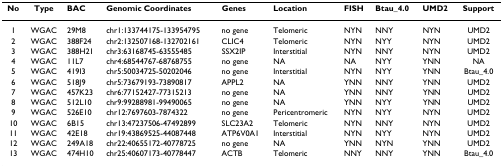
<table><thead><tr><td><b>No</b></td><td><b>Type</b></td><td><b>BAC</b></td><td><b>Genomic Coordinates</b></td><td><b>Genes</b></td><td><b>Location</b></td><td><b>FISH</b></td><td><b>Btau_4.0</b></td><td><b>UMD2</b></td><td><b>Support</b></td></tr></thead><tbody><tr><td>1</td><td>WGAC</td><td>29M8</td><td>chr1:133744175-133954795</td><td>no gene</td><td>Telomeric</td><td>NYN</td><td>NNY</td><td>NYN</td><td>UMD2</td></tr><tr><td>2</td><td>WGAC</td><td>388F24</td><td>chr2:132507168-132702161</td><td>CLIC4</td><td>Telomeric</td><td>NYN</td><td>NYY</td><td>NYN</td><td>UMD2</td></tr><tr><td>3</td><td>WGAC</td><td>388H21</td><td>chr3:63168745-63555485</td><td>SSX2IP</td><td>Interstitial</td><td>NYN</td><td>NNY</td><td>NYN</td><td>UMD2</td></tr><tr><td>4</td><td>WGAC</td><td>11L7</td><td>chr4:68544767-68768755</td><td>no gene</td><td>NA</td><td>NA</td><td>NYY</td><td>YNN</td><td>NA</td></tr><tr><td>5</td><td>WGAC</td><td>419I3</td><td>chr5:50034725-50202046</td><td>no gene</td><td>Interstitial</td><td>NYN</td><td>NYY</td><td>YNN</td><td>Btau_4.0</td></tr><tr><td>6</td><td>WGAC</td><td>518J9</td><td>chr5:73679193-73890817</td><td>APPL2</td><td>NA</td><td>YNN</td><td>NNY</td><td>YNN</td><td>UMD2</td></tr><tr><td>7</td><td>WGAC</td><td>457K23</td><td>chr6:77152427-77315213</td><td>no gene</td><td>NA</td><td>YNN</td><td>NNY</td><td>YNN</td><td>UMD2</td></tr><tr><td>8</td><td>WGAC</td><td>512L10</td><td>chr9:99288981-99490065</td><td>no gene</td><td>NA</td><td>YNN</td><td>NYY</td><td>YNN</td><td>UMD2</td></tr><tr><td>9</td><td>WGAC</td><td>526E10</td><td>chr12:7697603-7874322</td><td>no gene</td><td>Pericentromeric</td><td>NYN</td><td>NYY</td><td>NYN</td><td>UMD2</td></tr><tr><td>10</td><td>WGAC</td><td>6B15</td><td>chr13:47237506-47492899</td><td>SLC23A2</td><td>Telomeric</td><td>NYN</td><td>NNY</td><td>NYN</td><td>UMD2</td></tr><tr><td>11</td><td>WGAC</td><td>42E18</td><td>chr19:43869525-44087448</td><td>ATP6V0A1</td><td>Interstitial</td><td>NYN</td><td>NYY</td><td>NYN</td><td>UMD2</td></tr><tr><td>12</td><td>WGAC</td><td>249A18</td><td>chr22:40655172-40778725</td><td>no gene</td><td>NA</td><td>YNN</td><td>NYN</td><td>YNN</td><td>UMD2</td></tr><tr><td>13</td><td>WGAC</td><td>474H10</td><td>chr25:40607173-40778447</td><td>ACTB</td><td>Telomeric</td><td>NNY</td><td>NNY</td><td>YNN</td><td>Btau_4.0</td></tr></tbody></table>